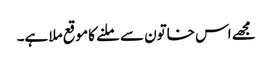
مجھے اس خاتون سے ملنے کا موقع ملا ہے۔